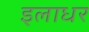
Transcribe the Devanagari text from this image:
इलाधर